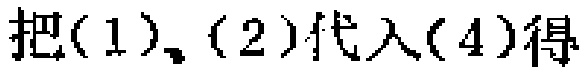
把(1)、(2)代入(4)得